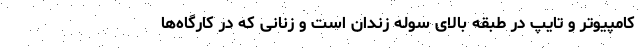
کامپیوتر و تایپ در طبقه بالای سوله زندان است و زنانی که در کارگاه‌ها